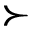
\succ